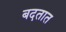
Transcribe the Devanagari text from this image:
बदतात